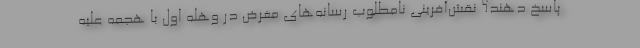
پاسخ دهند؟ نقش‌آفرینی نامطلوب رسانه‌های مغرض در وهله اول با هجمه علیه